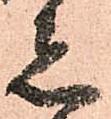
者